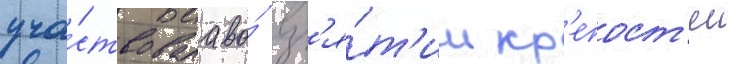
уча́ствовала во́ вз'я́т'ии кр'епост'еи